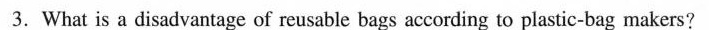
3.What is a disadvantage of reusable bags according to plastic-bag makers?